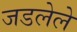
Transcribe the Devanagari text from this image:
जडलेले